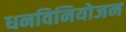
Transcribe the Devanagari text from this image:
धनविनियोजन